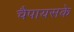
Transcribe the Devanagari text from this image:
चैपायसके